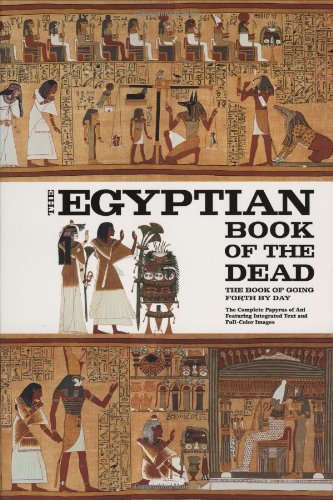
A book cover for The Egyptian Book of the Dead: The Book of Going Forth by Day - The Complete Papyrus of Ani Featuring Integrated Text and Full-Color Images; Religion & Spirituality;